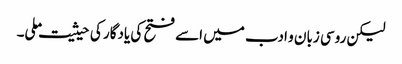
لیکن روسی زبان و ادب میں اسے فتح کی یادگار کی حیثیت ملی۔